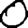
Digit: 0